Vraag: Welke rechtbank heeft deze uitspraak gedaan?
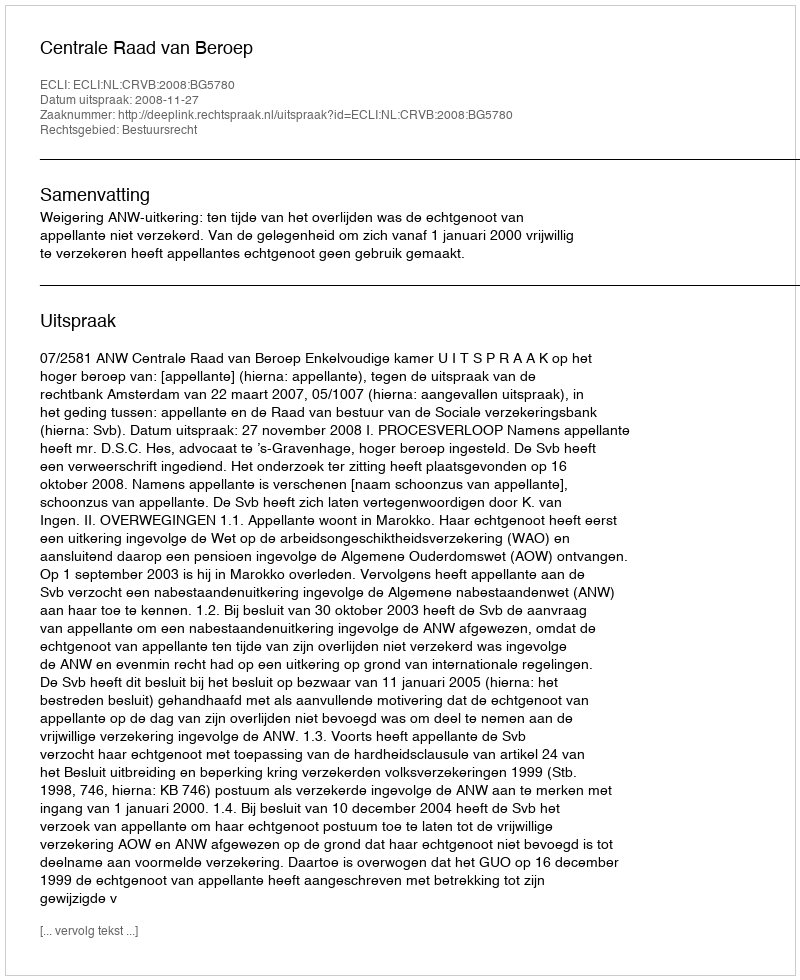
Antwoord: Centrale Raad van Beroep